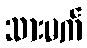
သားမက်